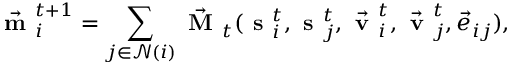
\vec { \textbf { m } } _ { i } ^ { t + 1 } = \sum _ { j \in \mathcal { N } ( i ) } \vec { \textbf { M } } _ { t } ( \textbf { s } _ { i } ^ { t } , \textbf { s } _ { j } ^ { t } , \vec { \textbf { v } } _ { i } ^ { t } , \vec { \textbf { v } } _ { j } ^ { t } , \vec { e } _ { i j } ) ,